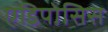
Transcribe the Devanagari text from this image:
एडिपोसिस